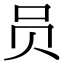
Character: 员